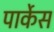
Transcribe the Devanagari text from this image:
पार्केस